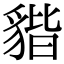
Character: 𧳧